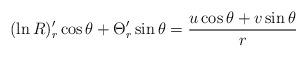
LaTeX: \begin{align*}(\ln R)'_r\cos \theta +\Theta '_r\sin \theta =\frac{u\cos \theta +v\sin \theta }{r} \end{align*}